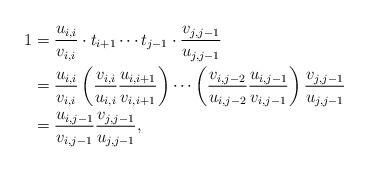
LaTeX: \begin{align*}\begin{aligned}1 &= \frac{u_{i,i}}{v_{i,i}}\cdot t_{i+1}\cdots t_{j-1}\cdot \frac{v_{j,j-1}}{u_{j,j-1}} \\ &= \frac{u_{i,i}}{v_{i,i}}\left(\frac{v_{i,i}}{u_{i,i}}\frac{u_{i,i+1}}{v_{i,i+1}}\right) \cdots \left(\frac{v_{i,j-2}}{u_{i,j-2}}\frac{u_{i,j-1}}{v_{i,j-1}}\right) \frac{v_{j,j-1}}{u_{j,j-1}}\\ & = \frac{u_{i,j-1}}{v_{i,j-1}}\frac{v_{j,j-1}}{u_{j,j-1}},\end{aligned}\end{align*}